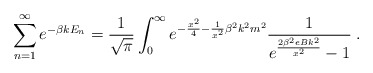
\begin{align*}\sum_{n=1}^{\infty} e^{- \beta k E_n} = \frac {1} {\sqrt{\pi}} \int_0^{\infty} e^{- \frac {x^2} {4} - \frac {1} {x^2} {\beta}^2 k^2 m^2} \frac {1} {e^{\frac {2 {\beta}^2 e B k^2} {x^2}} -1} \; .\end{align*}